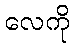
လေကို